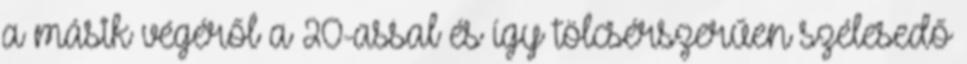
a másik végéről a 20-assal és így tölcsérszerűen szélesedő